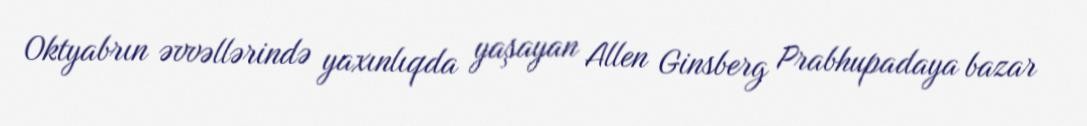
Oktyabrın əvvəllərində yaxınlıqda yaşayan Allen Ginsberg Prabhupadaya bazar